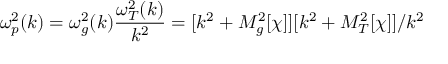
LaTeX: \omega _ { p } ^ { 2 } ( k ) = \omega _ { g } ^ { 2 } ( k ) \frac { \omega _ { T } ^ { 2 } ( k ) } { k ^ { 2 } } = [ k ^ { 2 } + M _ { g } ^ { 2 } [ \chi ] ] [ k ^ { 2 } + M _ { T } ^ { 2 } [ \chi ] ] / k ^ { 2 }